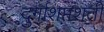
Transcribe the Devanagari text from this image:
दुर्गाशप्तशती